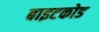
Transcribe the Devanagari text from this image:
बाइटकोड